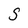
Character: S